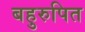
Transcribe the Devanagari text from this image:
बहुरुपित